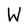
Character: W